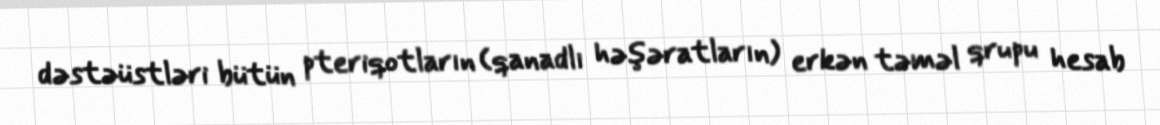
dəstəüstləri bütün pteriqotların (qanadlı həşəratların) erkən təməl qrupu hesab